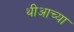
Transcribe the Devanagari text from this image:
थीआच्या